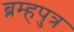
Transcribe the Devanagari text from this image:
ब्रम्हपुत्र